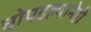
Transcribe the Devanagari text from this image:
चोपडल्यानेही